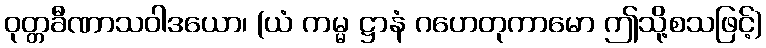
ဝုတ္တခီဏာသဝါဒယော၊ (ယံ ကမ္မ ဋ္ဌာနံ ဂဟေတုကာမော ဤသို့စသဖြင့်)